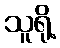
သူရို့